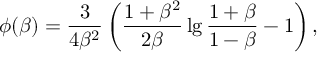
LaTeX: \phi ( \beta ) = { \frac { 3 } { 4 \beta ^ { 2 } } } \left( { \frac { 1 + \beta ^ { 2 } } { 2 \beta } } \lg { \frac { 1 + \beta } { 1 - \beta } } - 1 \right) ,